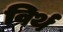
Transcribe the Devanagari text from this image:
विर्थ